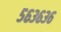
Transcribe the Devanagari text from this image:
५६३६३६